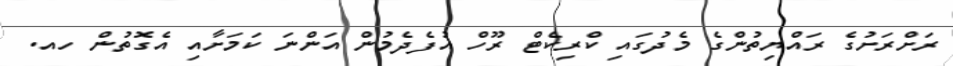
ރަށްރަށުގެ ރައްޔިތުންގެ މެދުގައި ކްރިކެޓް ރޫހް އުފެދެމުން އަންނަ ކަމަށާއި އެގޮތުން ހއ.